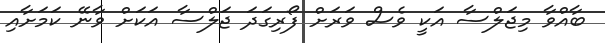
ބާއްވާ މިޖަލްސާ އަކީ ވެސް ވަރަަށް ފޯރިގަދަ ޖަލްސާ އަކަށް ވާނޭ ކަމަށާއި